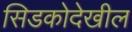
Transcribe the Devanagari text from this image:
सिडकोदेखील